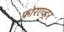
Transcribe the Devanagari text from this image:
फोरएव्हर